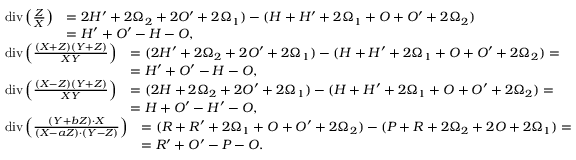
\begin{array} { r l } & { \begin{array} { r l } { \operatorname { d i v } \left( \frac { Z } { X } \right) } & { = 2 H ^ { \prime } + 2 \Omega _ { 2 } + 2 O ^ { \prime } + 2 \Omega _ { 1 } ) - ( H + H ^ { \prime } + 2 \Omega _ { 1 } + O + O ^ { \prime } + 2 \Omega _ { 2 } ) } \\ & { = H ^ { \prime } + O ^ { \prime } - H - O , } \end{array} } \\ & { \begin{array} { r l } { \operatorname { d i v } \left( \frac { ( X + Z ) ( Y + Z ) } { X Y } \right) } & { = ( 2 H ^ { \prime } + 2 \Omega _ { 2 } + 2 O ^ { \prime } + 2 \Omega _ { 1 } ) - ( H + H ^ { \prime } + 2 \Omega _ { 1 } + O + O ^ { \prime } + 2 \Omega _ { 2 } ) = } \\ & { = H ^ { \prime } + O ^ { \prime } - H - O , } \end{array} } \\ & { \begin{array} { r l } { \operatorname { d i v } \left( \frac { ( X - Z ) ( Y + Z ) } { X Y } \right) } & { = ( 2 H + 2 \Omega _ { 2 } + 2 O ^ { \prime } + 2 \Omega _ { 1 } ) - ( H + H ^ { \prime } + 2 \Omega _ { 1 } + O + O ^ { \prime } + 2 \Omega _ { 2 } ) = } \\ & { = H + O ^ { \prime } - H ^ { \prime } - O , } \end{array} } \\ & { \begin{array} { r l } { \operatorname { d i v } \left( \frac { ( Y + b Z ) \cdot X } { ( X - a Z ) \cdot ( Y - Z ) } \right) } & { = ( R + R ^ { \prime } + 2 \Omega _ { 1 } + O + O ^ { \prime } + 2 \Omega _ { 2 } ) - ( P + R + 2 \Omega _ { 2 } + 2 O + 2 \Omega _ { 1 } ) = } \\ & { = R ^ { \prime } + O ^ { \prime } - P - O . } \end{array} } \end{array}